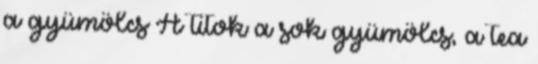
a gyümölcs A titok a sok gyümölcs, a tea